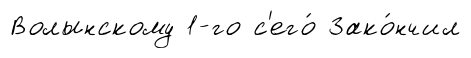
Волынскому 1-го с'его́ Зако́нчил